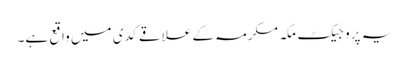
یہ پروجیکٹ مکہ مکرمہ کے علاقے کدی میں واقع ہے۔